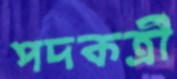
পদকর্ত্রী